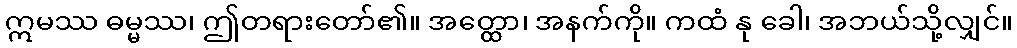
ဣမဿ ဓမ္မဿ၊ ဤတရားတော်၏။ အတ္ထော၊ အနက်ကို။ ကထံ နု ခေါ၊ အဘယ်သို့လျှင်။